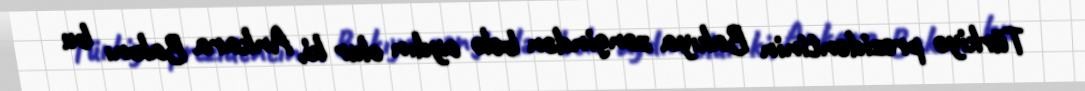
Türkiyə prezidentinin Bakıya zəngindən belə aydın olur ki, Ankara Bakını bu